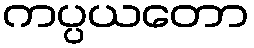
ကပ္ပယတော